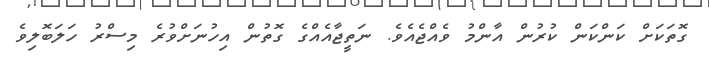
ގޮތަކަށް ކަންކަން ކުރުން އާންމު ވެއްޖެއެވެ. ނަތީޖާއެއްގެ ގޮތުން އިހުނަށްވުރެ މިސްރު ހަލަބޮލިވެ